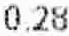
0.28